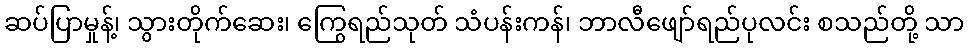
ဆပ်ပြာမှုန့်၊ သွားတိုက်ဆေး၊ ကြွေရည်သုတ် သံပန်းကန်၊ ဘာလီဖျော်ရည်ပုလင်း စသည်တို့ သာ